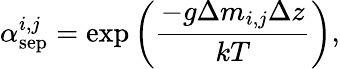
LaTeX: \alpha_{\mathrm{sep}}^{i,j}=\exp\bigg(\frac{-g\Delta m_{i,j}\Delta z}{kT}\bigg),